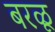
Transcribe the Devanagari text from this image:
बरळू